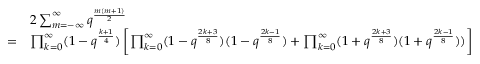
\begin{array} { r l } & { 2 \sum _ { m = - \infty } ^ { \infty } q ^ { \frac { m ( m + 1 ) } { 2 } } } \\ { = } & { \prod _ { k = 0 } ^ { \infty } ( 1 - q ^ { \frac { k + 1 } { 4 } } ) \left[ \prod _ { k = 0 } ^ { \infty } ( 1 - q ^ { \frac { 2 k + 3 } { 8 } } ) ( 1 - q ^ { \frac { 2 k - 1 } { 8 } } ) + \prod _ { k = 0 } ^ { \infty } ( 1 + q ^ { \frac { 2 k + 3 } { 8 } } ) ( 1 + q ^ { \frac { 2 k - 1 } { 8 } } ) ) \right] } \end{array}